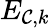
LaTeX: E_{\mathcal{C},k}